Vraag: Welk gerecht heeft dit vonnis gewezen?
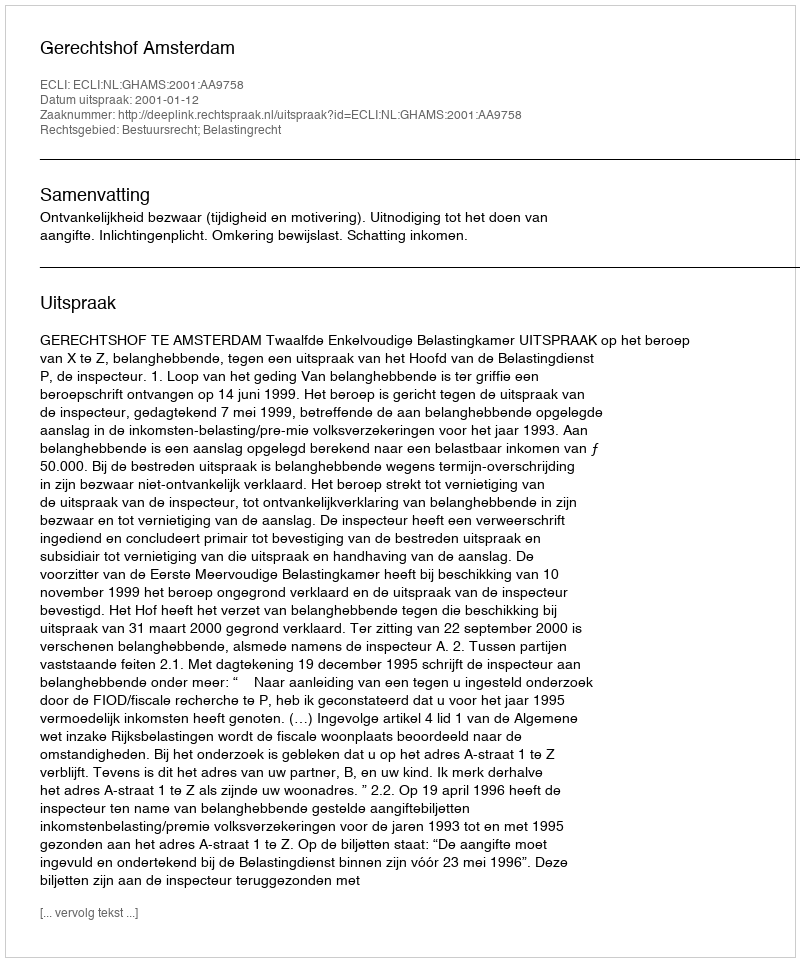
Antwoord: Gerechtshof Amsterdam